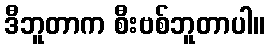
ဒီဘူတာက စီးဗစ်ဘူတာပါ။